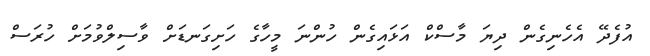
އުފެދޭ އެހެނިގެން ދިޔަ މާސްކް އަޅައިގެން ހުންނަ މީހާގެ ހަށިގަނޑަށް ވާސިލްވުމަށް ހުރަސް